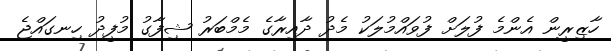
ހާޒިރީން އެންމެ ފުލަށް ފުވައްމުލަކު މެދު ދާއިރާގެ މެމްބަރު ޝިފާގު މުފީދު ހިނގައްޖެ